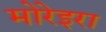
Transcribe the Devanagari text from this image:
मोरेइरा